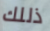
ذللك